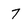
Character: 7